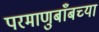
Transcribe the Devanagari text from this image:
परमाणुबाँबच्या